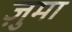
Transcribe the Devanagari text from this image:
ज़ुमा